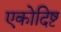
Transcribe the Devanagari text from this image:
एकोदिष्ट